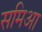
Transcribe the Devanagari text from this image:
समिआ